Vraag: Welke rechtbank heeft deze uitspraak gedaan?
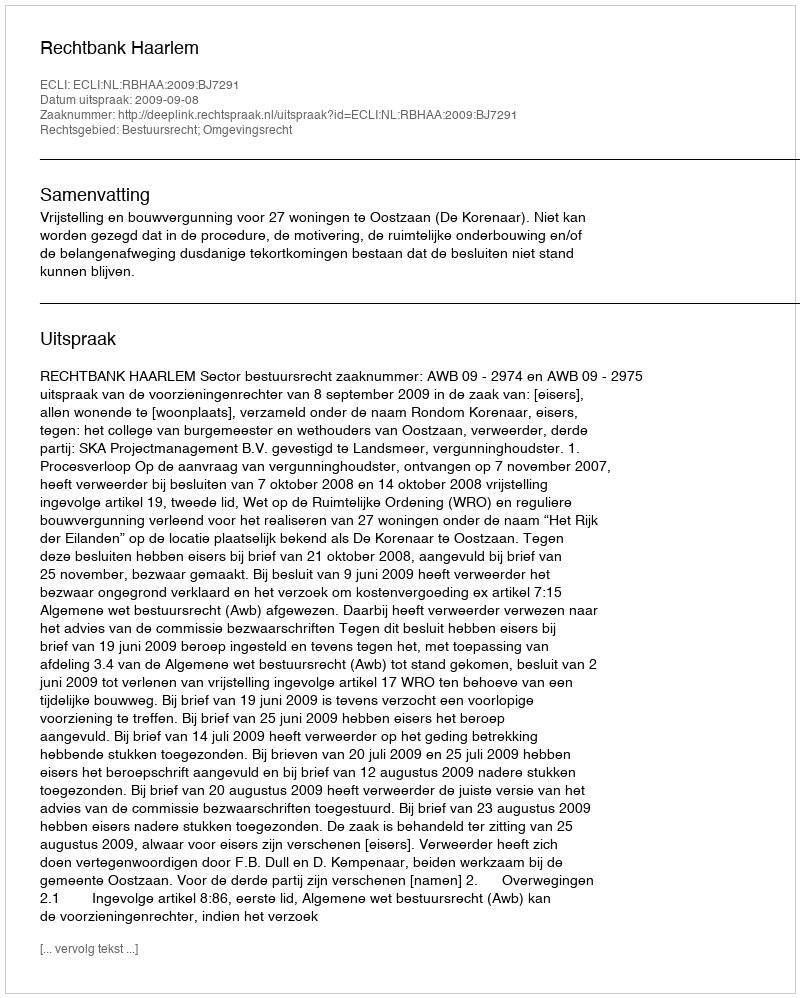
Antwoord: Rechtbank Haarlem